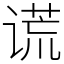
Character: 谎